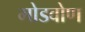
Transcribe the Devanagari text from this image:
मोडवोण